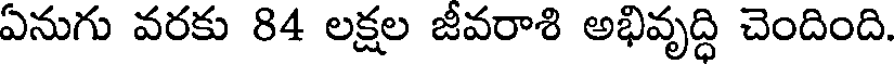
ఏనుగు వరకు 84 లక్షల జీవరాశి అభివృద్ధి చెందింది.